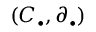
( C _ { \bullet } , \partial _ { \bullet } )